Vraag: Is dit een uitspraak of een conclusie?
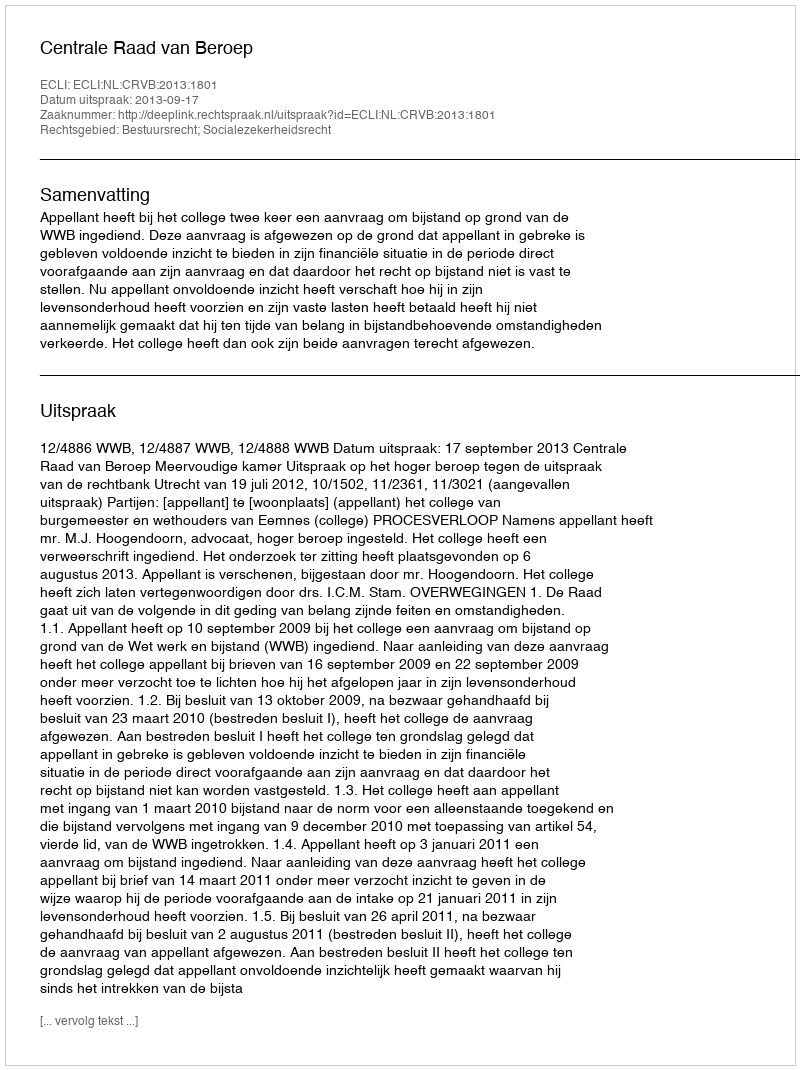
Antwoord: Uitspraak